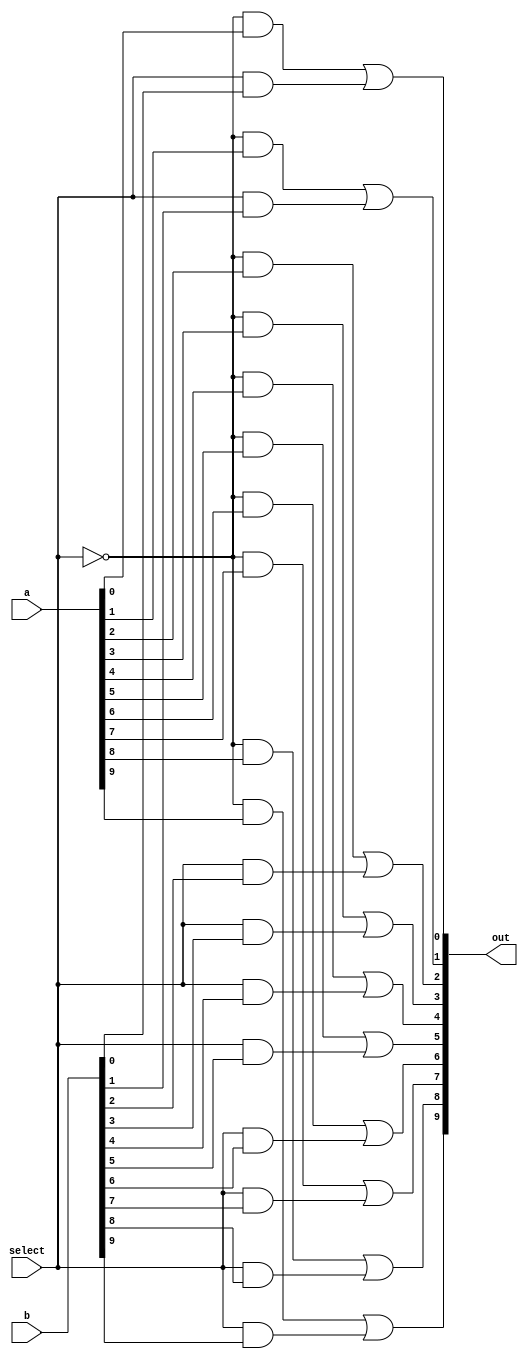

module Bit10MUX (a, b, select, out);

input [10:1] a;
input [10:1] b;
input select;

output [10:1] out;

assign out[1] = ((!select) & a[1]) | ((select) & b[1]);
assign out[2] = ((!select) & a[2]) | ((select) & b[2]);
assign out[3] = ((!select) & a[3]) | ((select) & b[3]);
assign out[4] = ((!select) & a[4]) | ((select) & b[4]);
assign out[5] = ((!select) & a[5]) | ((select) & b[5]);
assign out[6] = ((!select) & a[6]) | ((select) & b[6]);
assign out[7] = ((!select) & a[7]) | ((select) & b[7]);
assign out[8] = ((!select) & a[8]) | ((select) & b[8]);
assign out[9] = ((!select) & a[9]) | ((select) & b[9]);
assign out[10] = ((!select) & a[10]) | ((select) & b[10]);

endmodule